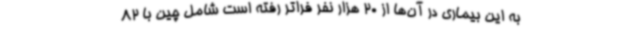
به این بیماری در آن‌ها از 20 هزار نفر فراتر رفته است شامل چین با 82